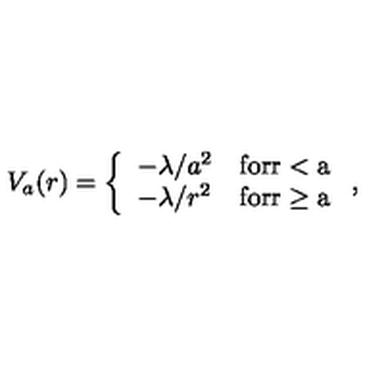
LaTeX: V _ { a } ( r ) = \left\{ \begin{array} { l l } { - \lambda / a ^ { 2 } } & { \mathrm { f o r r < a } } \\ { - \lambda / r ^ { 2 } } & { \mathrm { f o r r \geq a } } \\ \end{array} \right. ,